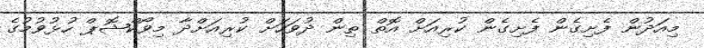
މިއަދުން ފެށިގެން ފެށިގެން ކުރިއަށް އޮތް ތިން ދުވަހަށް ކުރިއަށްދާ މިވޯކްޝޮޕް ހުޅުވުމުގެ